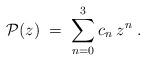
LaTeX: \begin{align*}{\cal{P}}(z) \;=\; \sum_{n=0}^3 c_n\: z^n \;.\end{align*}